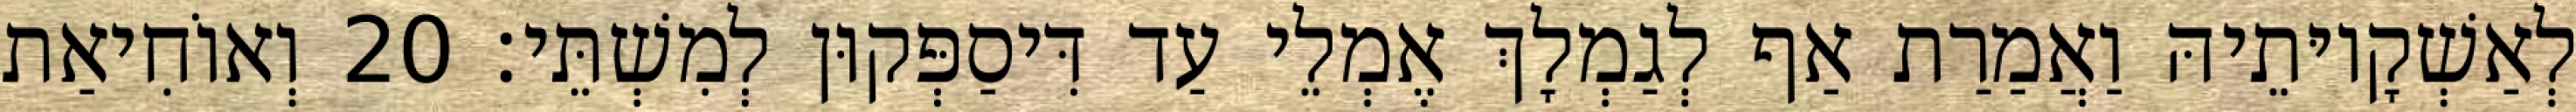
לְאַשְׁקָיוּתֵיהּ וַאֲמַרַת אַף לְגַמְלָךְ אֶמְלֵי עַד דִּיסַפְּקוּן לְמִשְׁתֵּי׃ 20 וְאוֹחִיאַת